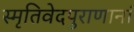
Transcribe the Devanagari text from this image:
स्मृतिवेदपुराणानां